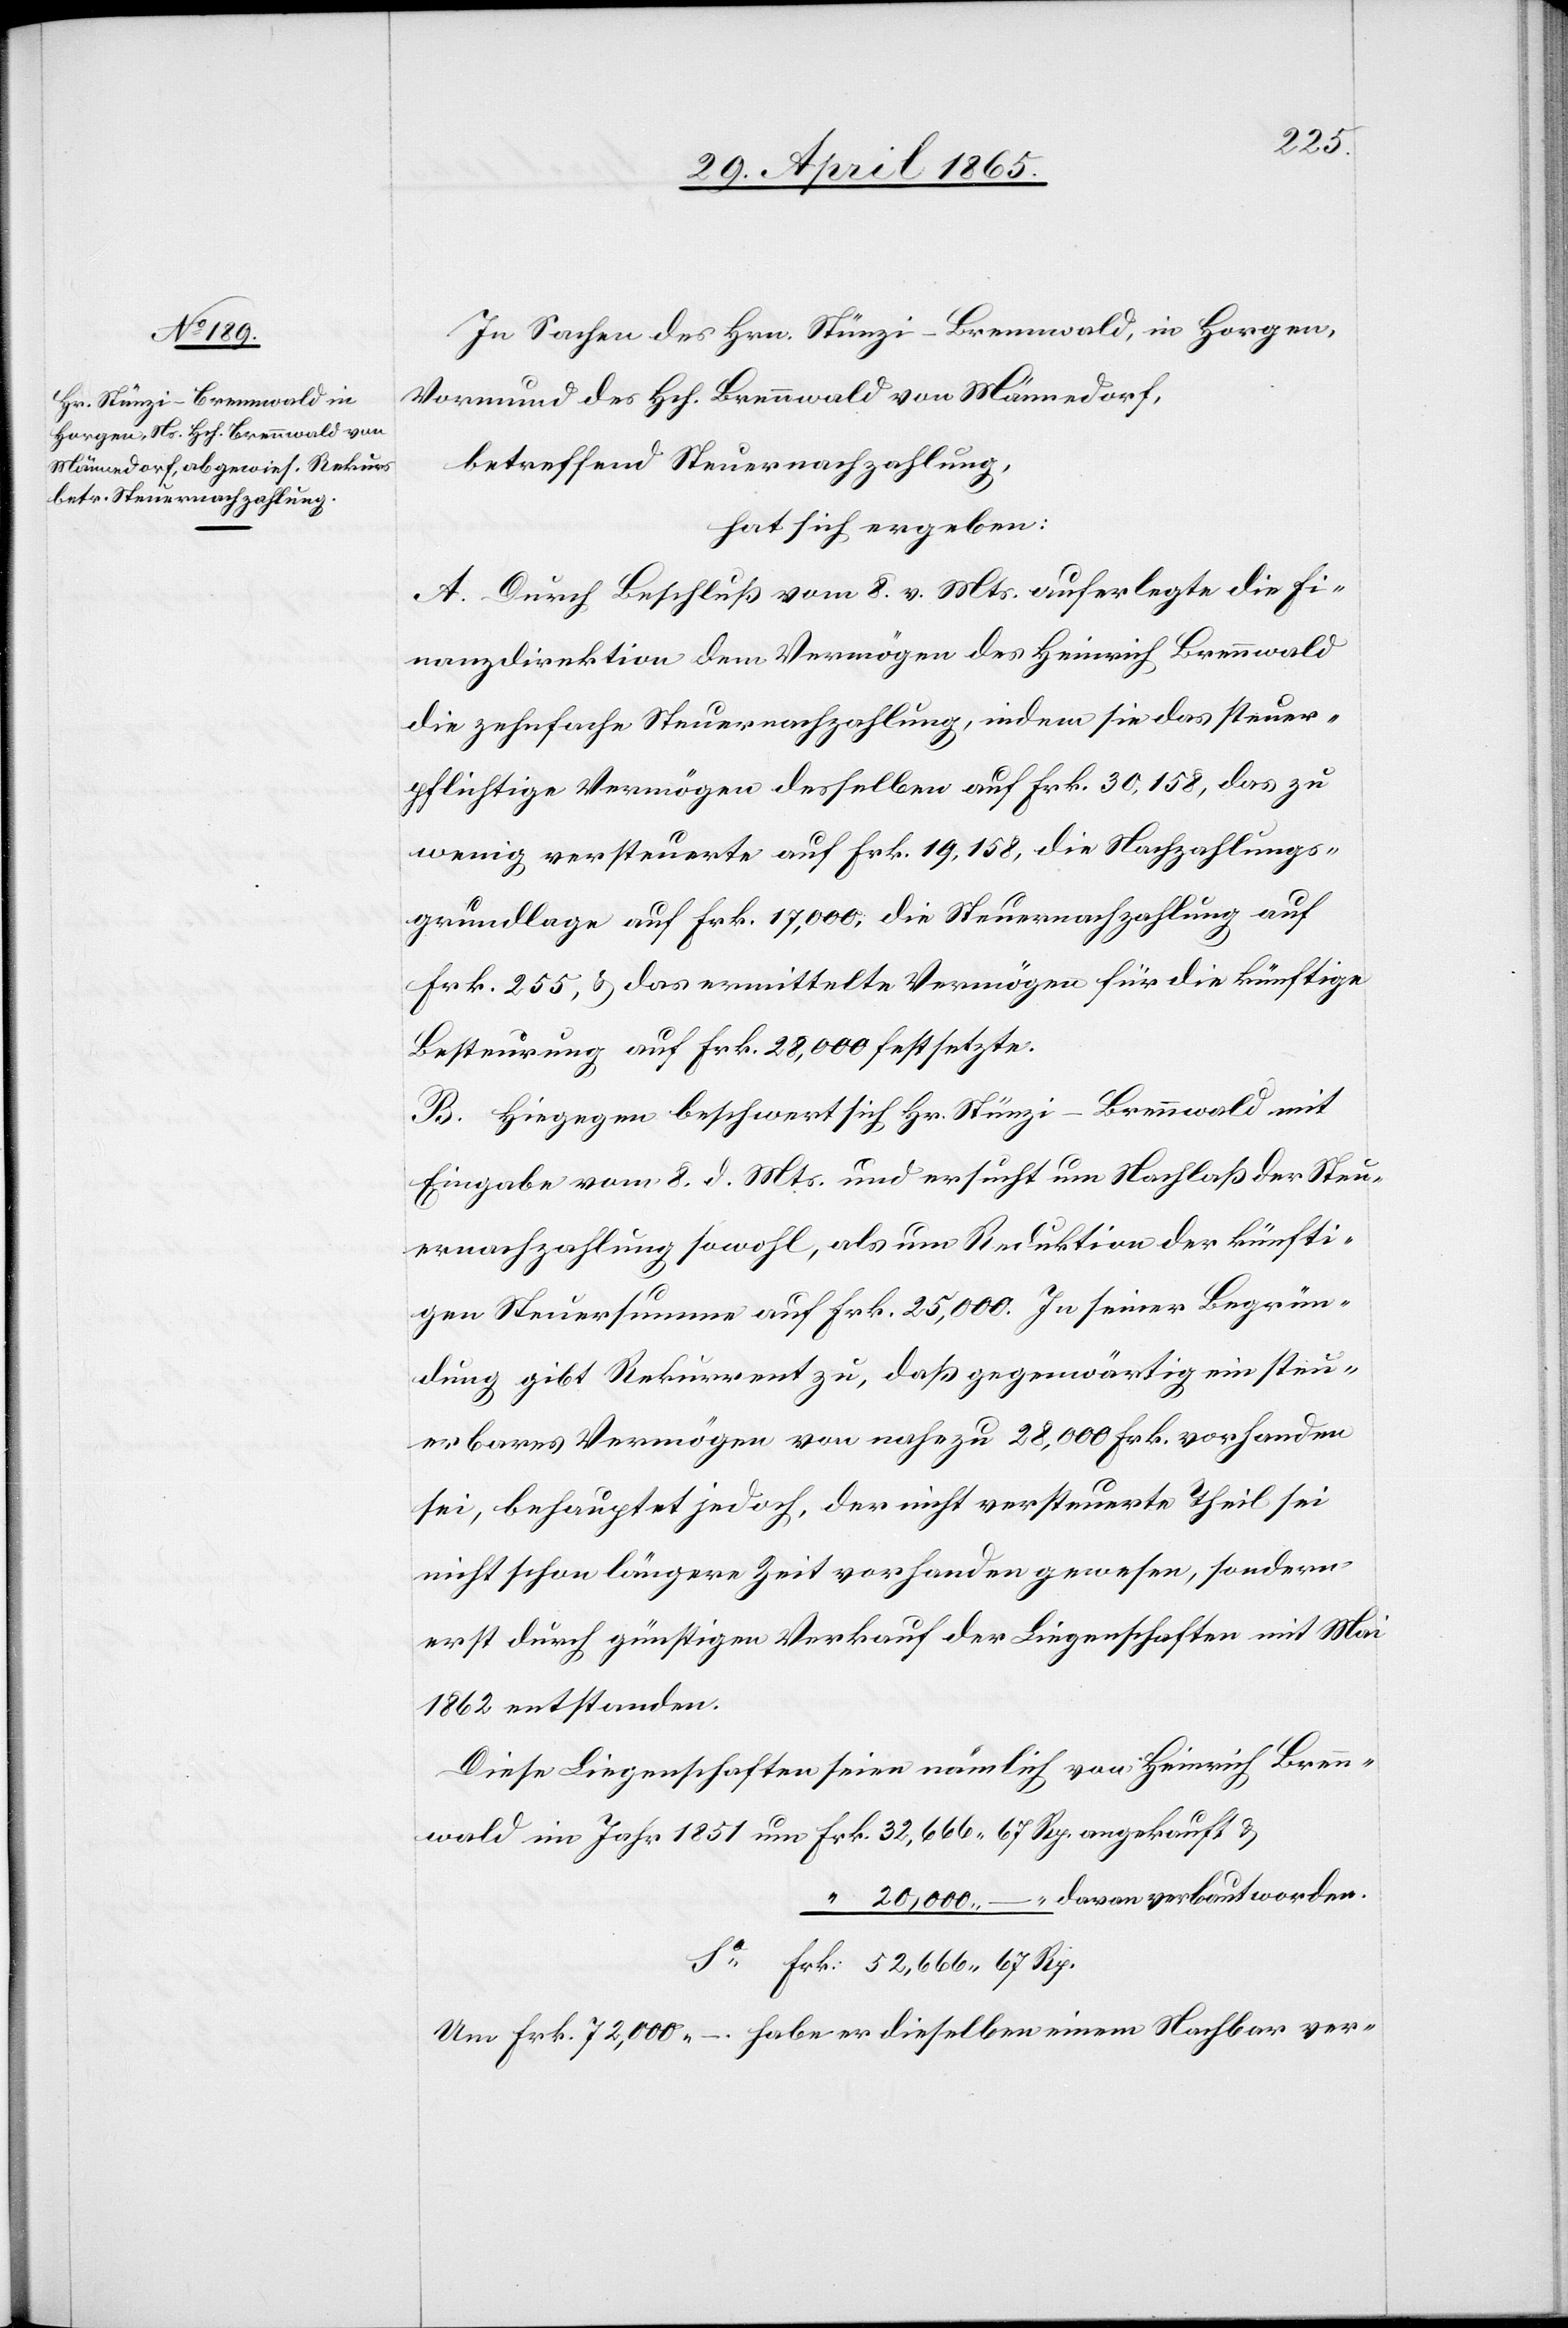
nwald

In Sachen des Hrn. Stünzi-Brennwald, in Horgen,
Vormund des Hch. Brennwald von Männedorf,
betreffend Steuernachzahlung,
hat sich ergeben:
A. Durch Beschluß vom 8. v. Mts. auferlegte die Fi¬
nanzdirektion dem Vermögen des Heinrich Brennwald
die zehnfache Steuernachzahlung, indem sie das steuer¬
pflichtige Vermögen desselben auf Frk. 30,158, das zu
wenig versteuerte auf Frk. 19,158, die Nachzahlungs¬
grundlage auf Frk. 17,000, die Steuernachzahlung auf
Frk. 255, & das ermittelte Vermögen für die künftige
Bestimmung auf Frk. 28,000 festsetzte.
B. Hiegegen beschwert sich Hr. Stünzi-Brennwald mit
Eingabe vom 8. d. Mts. und ersucht um Nachlaß der Steu¬
ernachzahlung sowohl, als um Reduktion der künfti¬
gen Steuersumme auf Frk. 25,000. In seiner Begrün¬
dung gibt Rekurrent zu, daß gegenwärtig ein steu¬
erbares Vermögen von nahezu 28,000 Frk. vorhanden
sei, behauptet jedoch, der nicht versteuerte Theil sei
nicht schon längere Zeit vorhanden gewesen, sondern
erst durch günstigen Verkauf der Liegenschaften mit Mai
1862 entstanden.
Diese Liegenschaften seien nämlich von Heinrich Bren¬
im Jahr 1851 um 	Frk. 32,666	67 Rp. angekauft &
“	20,000	 – “ davon verbaut worden.
Um Frk. 72,000 – habe er dieselben einem Nachbar ver-